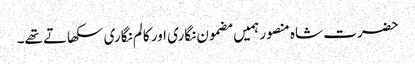
حضرت شاہ منصور ہمیں مضمون نگاری اور کالم نگاری سکھاتے تھے۔